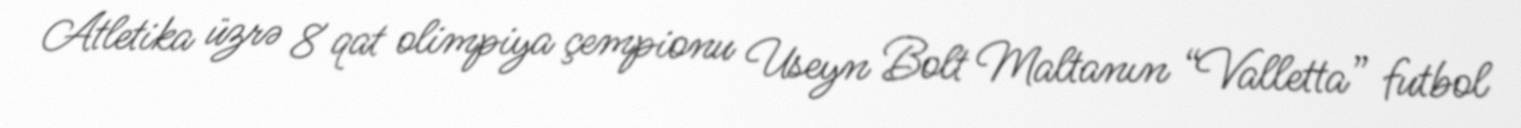
Atletika üzrə 8 qat olimpiya çempionu Useyn Bolt Maltanın “Valletta” futbol